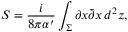
S = \frac { i } { 8 \pi \alpha ^ { \prime } } \int _ { \Sigma } \partial x \bar { \partial } x \, d ^ { 2 } z ,